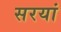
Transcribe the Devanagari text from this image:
सरयां